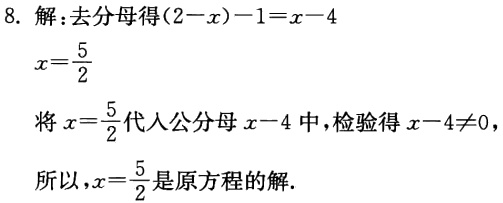
8. 解：去分母得\((2 - x)-1 = x - 4\)

\(x = \frac{5}{2}\)

将\(x = \frac{5}{2}\)代入公分母\(x - 4\)中，检验得\(x - 4\neq0\)

所以，\(x = \frac{5}{2}\)是原方程的解.